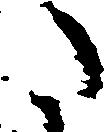
た